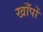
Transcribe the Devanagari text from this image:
खाँपों